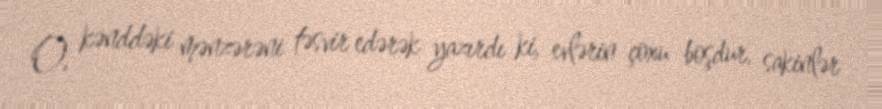
O, kənddəki mənzərəni təsvir edərək yazırdı ki, evlərin çoxu boşdur, sakinlər